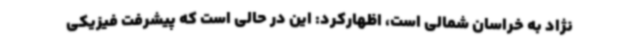
نژاد به خراسان شمالی است، اظهارکرد: این در حالی است که پیشرفت فیزیکی